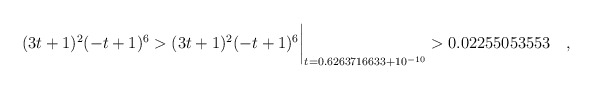
\begin{align*} (3t+1)^2(-t+1)^6& > (3t+1)^2(-t+1)^6\biggr\rvert_{t=0.6263716633 + 10^{-10}} > 0.02255053553\quad , \end{align*}